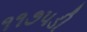
૧૧૭૫ડી